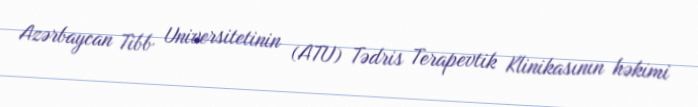
Azərbaycan Tibb Universitetinin (ATU) Tədris Terapevtik Klinikasının həkimi